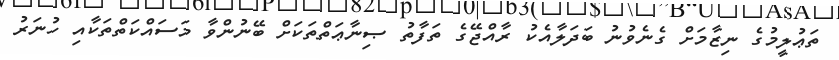
ތަޢުލީމުގެ ނިޒާމަށް ގެނެވުނު ބަދަލާއެކު ރާއްޖޭގެ ތަފާތު ޞިނާޢަތްތަކަށް ބޭނުންވާ މަސައްކަތްތަކާއި ހުނަރު